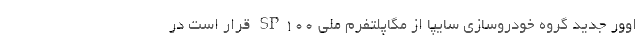
اوور جدید گروه خودروسازی سایپا از مگاپلتفرم ملی SP100 قرار است در